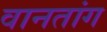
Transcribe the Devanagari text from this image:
वानतांग